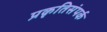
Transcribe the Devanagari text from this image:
प्रकृतिसंपर्क